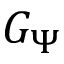
G _ { \Psi }